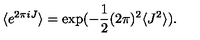
\langle e ^ { 2 \pi i J } \rangle = \exp ( - \frac { 1 } { 2 } ( 2 \pi ) ^ { 2 } \langle J ^ { 2 } \rangle ) .